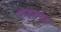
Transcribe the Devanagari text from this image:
नन्द्प्रयग